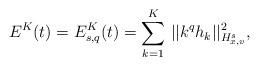
LaTeX: \begin{align*} E^{K}(t) = E_{s,q}^{K}(t) = \sum_{k=1}^{K}\, ||k^q h_k||_{H_{x,v}^s}^2,\end{align*}